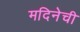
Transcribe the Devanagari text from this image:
मदिनेची